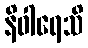
နိဝါရေသိ